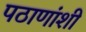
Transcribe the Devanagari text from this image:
पठाणांशी